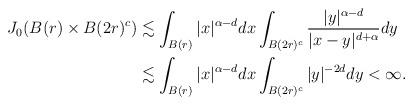
LaTeX: \begin{align*}\begin{aligned}J_0(B(r)\times B(2r)^c)&\lesssim \int_{B(r)}|x|^{\alpha-d}dx\int_{B(2r)^c}\frac{|y|^{\alpha-d}}{|x-y|^{d+\alpha}}dy \\&\lesssim \int_{B(r)}|x|^{\alpha-d}dx\int_{B(2r)^c}|y|^{-2d}dy<\infty. \end{aligned}\end{align*}